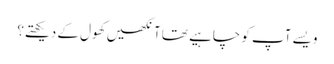
ویسے آپ کو چاہیے تھا آنکھیں کھول کے دیکھتے؟